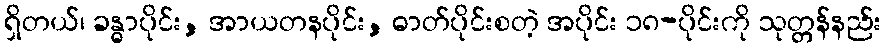
ရှိတယ်၊ ခန္ဓာပိုင်း, အာယတနပိုင်း, ဓာတ်ပိုင်းစတဲ့ အပိုင်း ၁၈-ပိုင်းကို သုတ္တန်နည်း